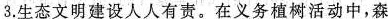
3.生态文明建设人人有责。在义务植树活动中，森